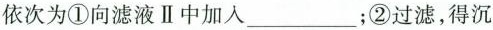
依次为①向滤液Ⅱ中加入___；②过滤，得沉